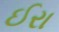
ઈરા